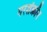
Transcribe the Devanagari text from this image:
गरशेंक्रॉन